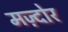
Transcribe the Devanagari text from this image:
मज़्दोर